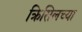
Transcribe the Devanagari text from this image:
क्रिसिलच्या